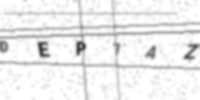
Text: DEP7AZ